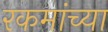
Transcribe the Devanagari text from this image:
रकमांच्या